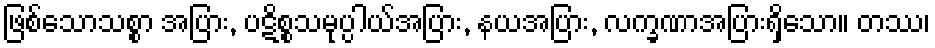
ဖြစ်သောသစ္စာ အပြား, ပဋိစ္စသမုပ္ပါယ်အပြား, နယအပြား, လက္ခဏာအပြားရှိသော။ တဿ၊